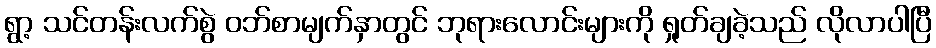
ရွာ့ သင်တန်းလက်စွဲ ဝဘ်စာမျက်နှာတွင် ဘုရားလောင်းများကို ရှုတ်ချခဲ့သည် လိုလာပါပြီ